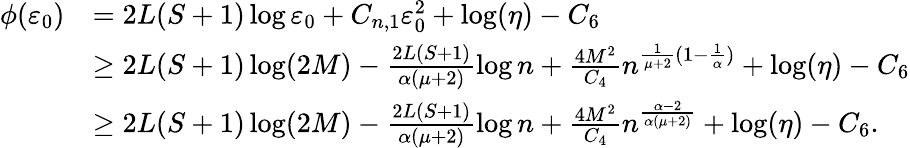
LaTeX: \begin{array}{rl}{\phi(\varepsilon_{0})}&{=2L(S+1)\log\varepsilon_{0}+C_{n,1}\varepsilon_{0}^{2}+\log(\eta)-C_{6}}\\ &{\geq 2L(S+1)\log(2M)-\frac{2L(S+1)}{\alpha(\mu+2)}\log n+\frac{4{M}^{2}}{C_{4}}n^{\frac{1}{\mu+2}(1-\frac{1}{\alpha})}+\log(\eta)-C_{6}}\\ &{\ge 2L(S+1)\log(2M)-\frac{2L(S+1)}{\alpha(\mu+2)}\log n+\frac{4{M}^{2}}{C_{4}}n^{\frac{\alpha-2}{\alpha(\mu+2)}}+\log(\eta)-C_{6}.}\end{array}